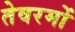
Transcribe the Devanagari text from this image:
तेवरमों